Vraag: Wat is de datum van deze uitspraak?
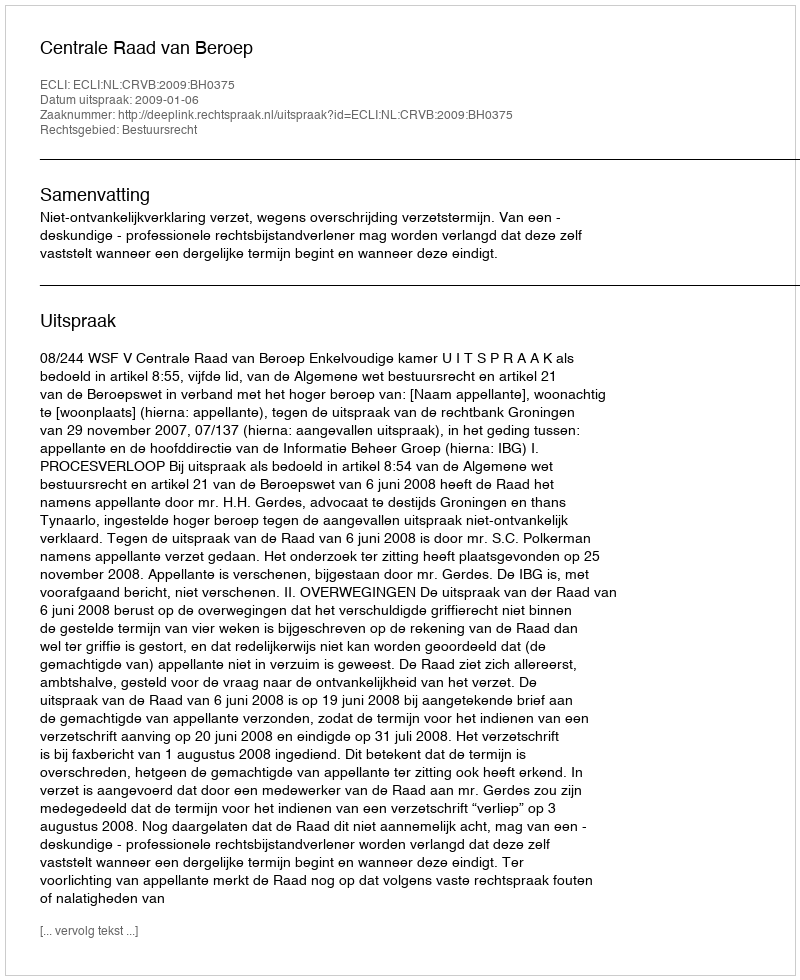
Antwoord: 2009-01-06